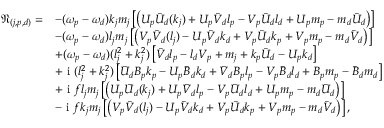
\begin{array} { r l } { \mathfrak { N } _ { ( j , p , d ) } = } & { - { ( \omega _ { p } - \omega _ { d } ) k _ { j } m _ { j } } \left[ \left( U _ { p } \bar { U } _ { d } ( k _ { j } ) + U _ { p } \bar { V } _ { d } l _ { p } - V _ { p } \bar { U } _ { d } l _ { d } + U _ { p } m _ { p } - m _ { d } \bar { U } _ { d } \right) \right] } \\ & { - { ( \omega _ { p } - \omega _ { d } ) l _ { j } m _ { j } } \left[ \left( V _ { p } \bar { V } _ { d } ( l _ { j } ) - U _ { p } \bar { V } _ { d } k _ { d } + V _ { p } \bar { U } _ { d } k _ { p } + V _ { p } m _ { p } - m _ { d } \bar { V } _ { d } \right) \right] } \\ & { + { ( \omega _ { p } - \omega _ { d } ) ( l _ { j } ^ { 2 } + k _ { j } ^ { 2 } ) } \left[ \bar { V } _ { d } l _ { p } - l _ { d } V _ { p } + m _ { j } + k _ { p } \bar { U } _ { d } - U _ { p } k _ { d } \right] } \\ & { + \textnormal { i } { ( l _ { j } ^ { 2 } + k _ { j } ^ { 2 } ) } \left[ \bar { U } _ { d } B _ { p } k _ { p } - U _ { p } \bar { B } _ { d } k _ { d } + \bar { V } _ { d } B _ { p } l _ { p } - V _ { p } \bar { B } _ { d } l _ { d } + B _ { p } m _ { p } - \bar { B } _ { d } m _ { d } \right] } \\ & { + \textnormal { i } { f l _ { j } m _ { j } } \left[ \left( U _ { p } \bar { U } _ { d } ( k _ { j } ) + U _ { p } \bar { V } _ { d } l _ { p } - V _ { p } \bar { U } _ { d } l _ { d } + U _ { p } m _ { p } - m _ { d } \bar { U } _ { d } \right) \right] } \\ & { - \textnormal { i } { f k _ { j } m _ { j } } \left[ \left( V _ { p } \bar { V } _ { d } ( l _ { j } ) - U _ { p } \bar { V } _ { d } k _ { d } + V _ { p } \bar { U } _ { d } k _ { p } + V _ { p } m _ { p } - m _ { d } \bar { V } _ { d } \right) \right] , } \end{array}